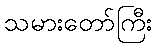
သမားတော်ကြီး